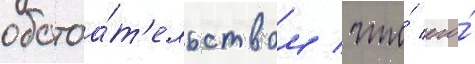
обстоа́т'ельством / что́ его́